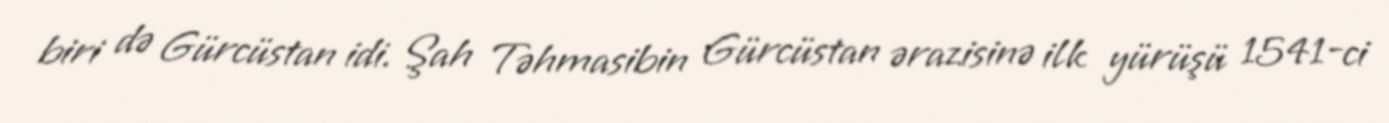
biri də Gürcüstan idi. Şah Təhmasibin Gürcüstan ərazisinə ilk yürüşü 1541-ci